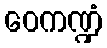
ဝေကဏ္ဍံ